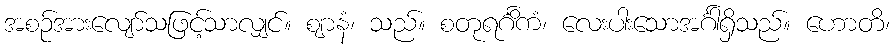
အစဉ်အားလျော်သဖြင့်သာလျှင်။ ဈာနံ၊ သည်။ စတုရင်္ဂိကံ၊ လေးပါးသောအင်္ဂါရှိသည်။ ဟောတိ၊